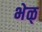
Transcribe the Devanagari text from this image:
भेळ्